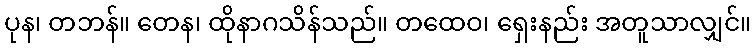
ပုန၊ တဘန်။ တေန၊ ထိုနာဂသိန်သည်။ တထေဝ၊ ရှေးနည်း အတူသာလျှင်။